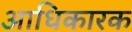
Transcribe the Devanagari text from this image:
अाधिकारक